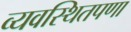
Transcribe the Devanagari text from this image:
व्यवस्थितपणा